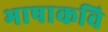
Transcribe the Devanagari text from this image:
भाषाकवि